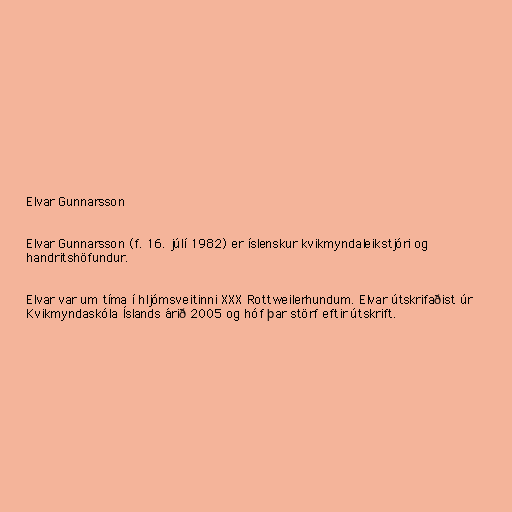
Elvar Gunnarsson

Elvar Gunnarsson (f. 16. júlí 1982) er íslenskur kvikmyndaleikstjóri og
handritshöfundur.

Elvar var um tíma í hljómsveitinni XXX Rottweilerhundum. Elvar útskrifaðist úr
Kvikmyndaskóla Íslands árið 2005 og hóf þar störf eftir útskrift.